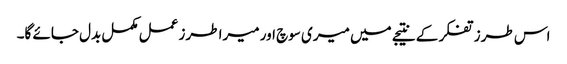
اس طرز تفکر کے نتیجے میں میری سوچ اور میرا طرز عمل مکمل بدل جائے گا۔